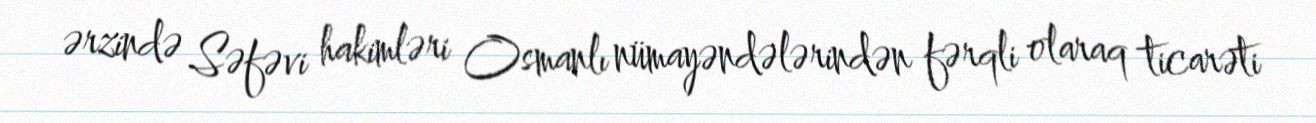
ərzində Səfəvi hakimləri Osmanlı nümayəndələrindən fərqli olaraq ticarəti